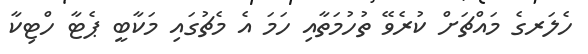
ހެލަރގެ މައްޗަށް ކުރެވޭ ތުހުމަތާއި ހަމަ އެ މެޗުގައި މަކާބީ ޕެޓާ ހްޓިކާ